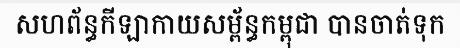
សហព័ន្ធកីឡាកាយសម្ព័ន្ធកម្ពុជា បានចាត់ទុក